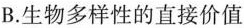
B.生物多样性的直接价值